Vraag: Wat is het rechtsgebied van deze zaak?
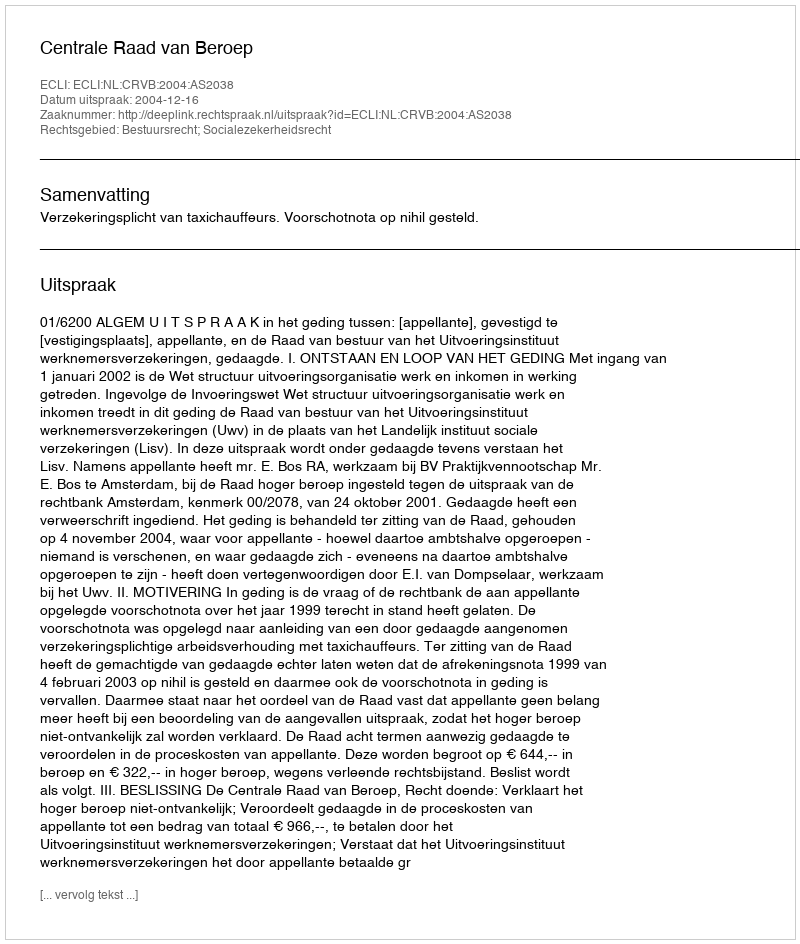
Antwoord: Bestuursrecht; Socialezekerheidsrecht